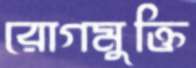
রোগমুক্তি